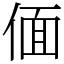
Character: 偭